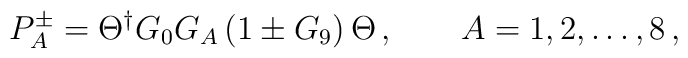
P_A^\pm = \Theta^\dagger G_0 G_A \left( 1 \pm G_9 \right)  \Theta\,, \qquad A=1,2,\dots,8 \,,